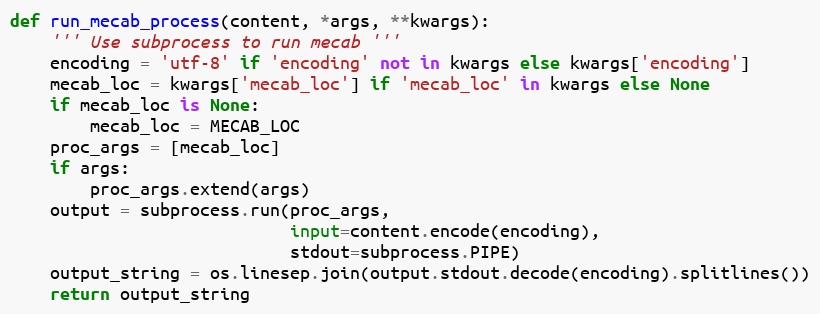
Language: Python
def run_mecab_process(content, *args, **kwargs):
    ''' Use subprocess to run mecab '''
    encoding = 'utf-8' if 'encoding' not in kwargs else kwargs['encoding']
    mecab_loc = kwargs['mecab_loc'] if 'mecab_loc' in kwargs else None
    if mecab_loc is None:
        mecab_loc = MECAB_LOC
    proc_args = [mecab_loc]
    if args:
        proc_args.extend(args)
    output = subprocess.run(proc_args,
                            input=content.encode(encoding),
                            stdout=subprocess.PIPE)
    output_string = os.linesep.join(output.stdout.decode(encoding).splitlines())
    return output_string